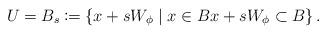
LaTeX: \begin{align*}U = B_s \coloneqq \left\{ x + sW_\phi \mid x \in B x + sW_\phi \subset B \right\}.\end{align*}